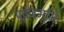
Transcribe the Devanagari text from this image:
पूर्वजभूमि